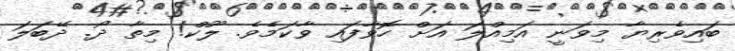
ބައިވެރިޔާ މިވަނީ އަމިއްލަ އަށް ހޮވާފައި ވާކަމެވެ. ލޫކް! މިތާ ދޯ. ދޭބަލަ